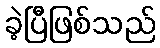
ခဲ့ပြီဖြစ်သည်